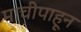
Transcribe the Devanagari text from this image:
माचीपाहून